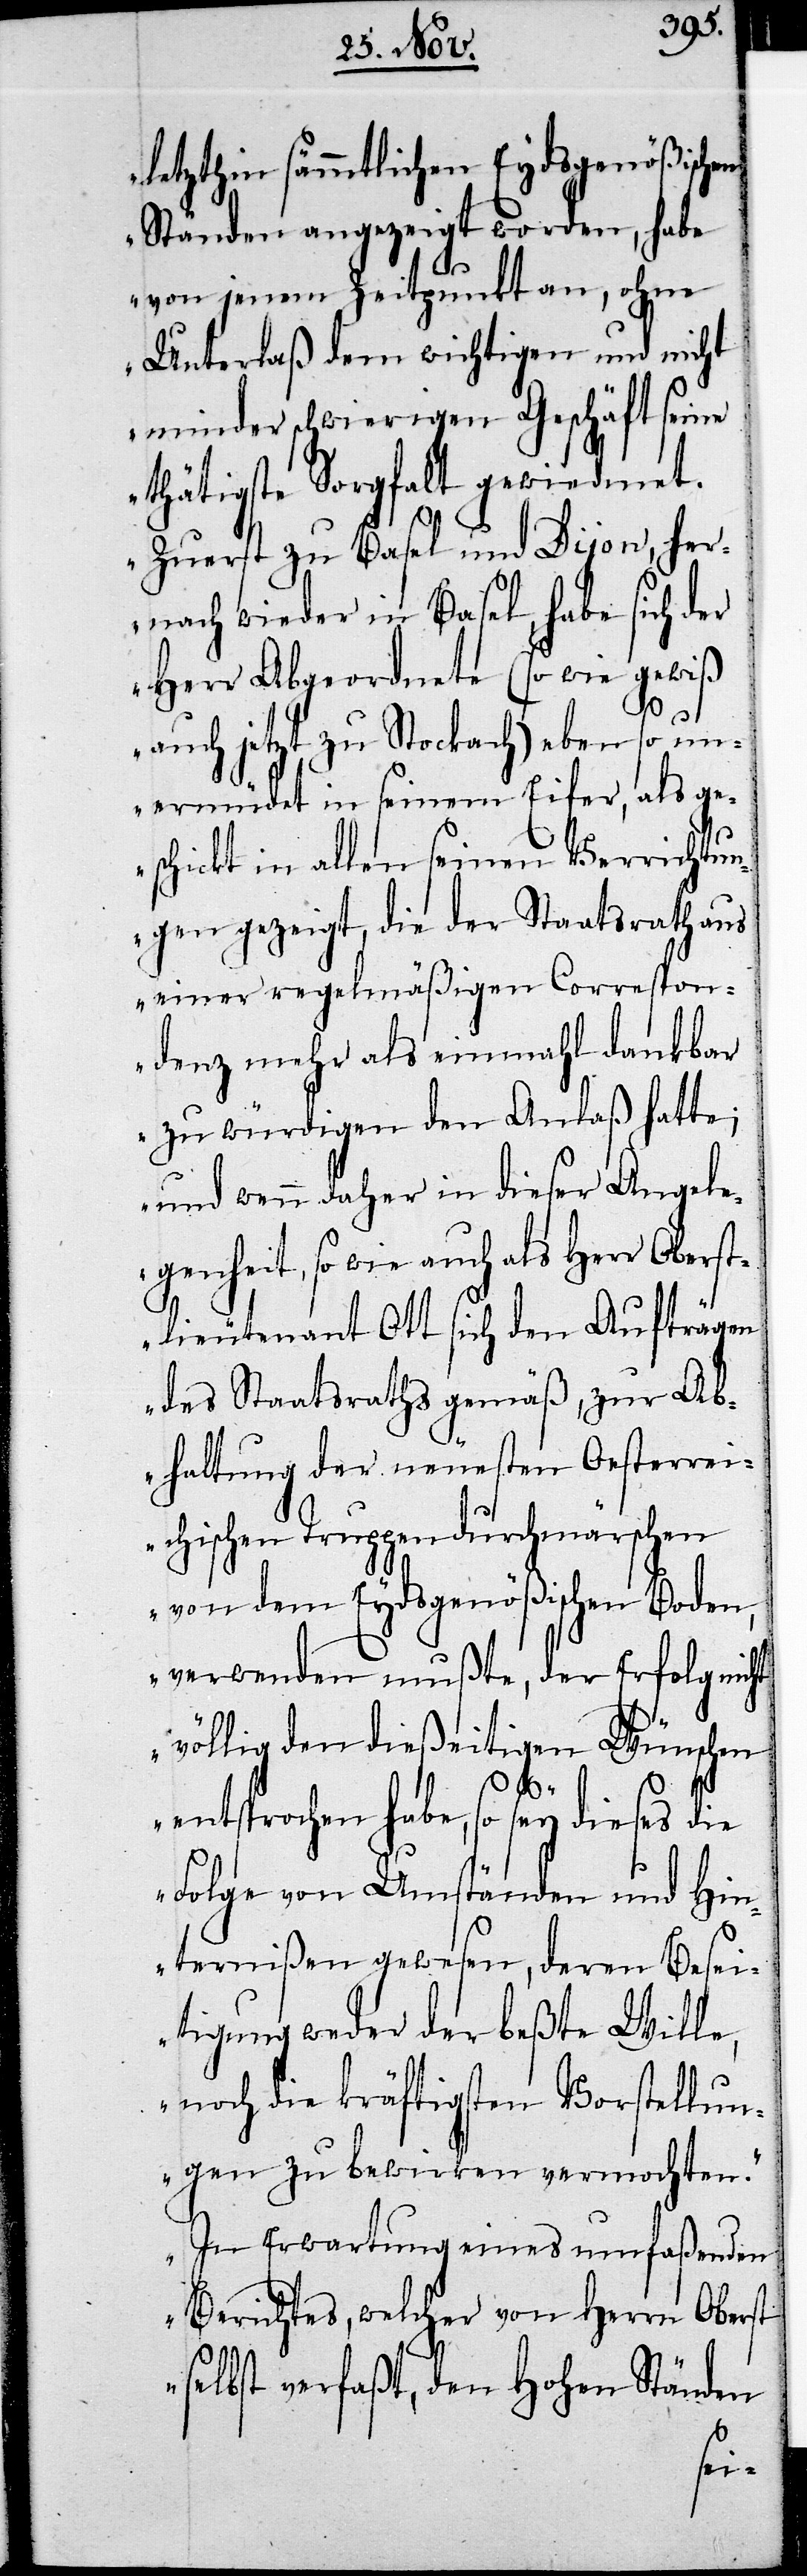
letzthin sämmtlichen Eydsgenößischen
Ständen angezeigt worden, habe
von jenem Zeitpunkt an, ohne
Unterlaß dem wichtigen und nicht
minder schwierigen Geschäft seine
thätige Sorgfalt gewiedmet.
Zuerst zu Basel und Dijon, her¬
nach wieder in Basel, habe sich der
Herr Abgeordnete (so wie gewiß
auch jetzt zu Stockach) eben so un¬
ermüdet in seinem Eifer, als ge¬
schickt in allen seinen Verrichtun¬
gen gezeigt, die der Staatsrath aus
einer regelmäßigen Correspon¬
denz mehr als einmahl dankbar
zu würdigen den Anlaß hatte;
und wenn daher in dieser Angele¬
genheit, so wie auch als Herr Oberst¬
lieutenant Ott sich den Aufträgen
des Staatsraths gemäss, zur Ab¬
haltung der neuesten Oesterrei¬
chischen Truppendurchmärschen
von dem Eydsgenößischen Boden,
verwenden mußte, der Erfolg nicht
völlig den dießeitigen Wünschen
entsprochen habe, so sey dieses die
Folge von Umständen und Hin¬
ternißen gewesen, deren Besei¬
tigung weder der beßte Wille,
noch die kräftigsten Verstellun¬
gen zu bewirken vermochten.
In Erwartung eines umfaßenden
Berichtes, welcher von Herrn Oberst
selbst verfaßt, den Hohen Ständen